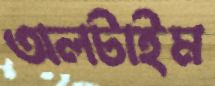
অলটাইম